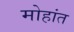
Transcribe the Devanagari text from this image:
मोहांत